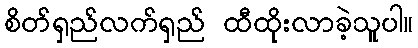
စိတ်ရှည်လက်ရှည် ထီထိုးလာခဲ့သူပါ။